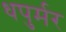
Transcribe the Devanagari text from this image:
धपुर्मर